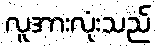
လူအားလုံးသည်